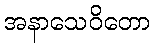
အနာသေဝိတော